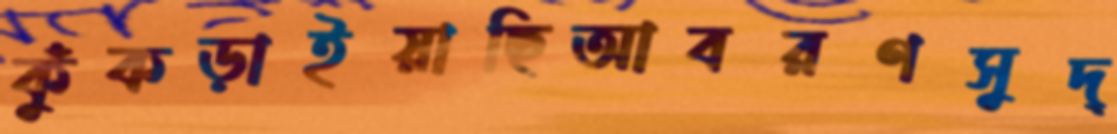
কুঁকড়াইয়াছিআবরণসুদ্